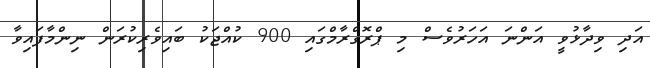
އަދި ވިދާޅުވީ އަންނަ އަހަރުވެސް މި ޕްރޮގްރާމްގައި 900 ކުއްޖަކު ބައިވެރިކުރަން ނިންމާފައިވާ